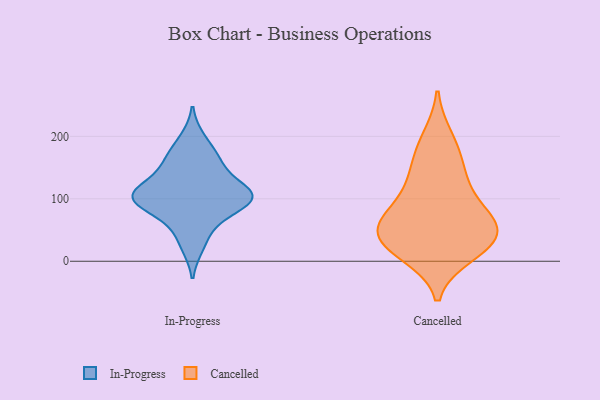
{"axis": {"x": "Conversion Rate (%)", "y": "Value"}, "legend": ["Cancelled", "In-Progress"], "data": [{"x": "", "y": 114, "type": "In-Progress"}, {"x": "", "y": 166, "type": "In-Progress"}, {"x": "", "y": 107, "type": "In-Progress"}, {"x": "", "y": 84, "type": "In-Progress"}, {"x": "", "y": 50, "type": "In-Progress"}, {"x": "", "y": 196, "type": "In-Progress"}, {"x": "", "y": 160, "type": "In-Progress"}, {"x": "", "y": 116, "type": "In-Progress"}, {"x": "", "y": 97, "type": "In-Progress"}, {"x": "", "y": 102, "type": "In-Progress"}, {"x": "", "y": 24, "type": "In-Progress"}, {"x": "", "y": 108, "type": "In-Progress"}, {"x": "", "y": 152, "type": "In-Progress"}, {"x": "", "y": 105, "type": "In-Progress"}, {"x": "", "y": 82, "type": "In-Progress"}, {"x": "", "y": 24, "type": "Cancelled"}, {"x": "", "y": 67, "type": "Cancelled"}, {"x": "", "y": 73, "type": "Cancelled"}, {"x": "", "y": 80, "type": "Cancelled"}, {"x": "", "y": 40, "type": "Cancelled"}, {"x": "", "y": 134, "type": "Cancelled"}, {"x": "", "y": 28, "type": "Cancelled"}, {"x": "", "y": 12, "type": "Cancelled"}, {"x": "", "y": 126, "type": "Cancelled"}, {"x": "", "y": 170, "type": "Cancelled"}, {"x": "", "y": 197, "type": "Cancelled"}, {"x": "", "y": 56, "type": "Cancelled"}, {"x": "", "y": 36, "type": "Cancelled"}]}